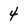
Character: 4